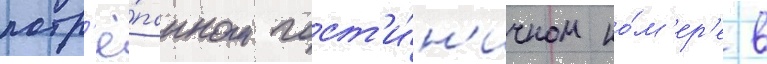
потр'ё́панном гост'и́н'ичном но́м'ер'е в